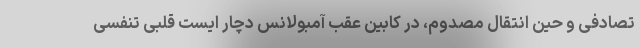
تصادفی و حین انتقال مصدوم، در کابین عقب آمبولانس دچار ایست قلبی تنفسی